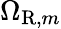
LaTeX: \Omega_{\mathrm{R},m}